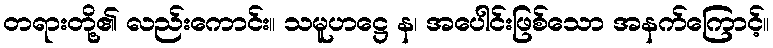
တရားတို့၏ လည်းကောင်း။ သမူဟဋ္ဌေ န၊ အပေါင်းဖြစ်သော အနက်ကြောင့်။